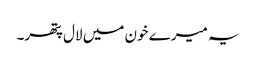
یہ میرے خون میں لال پتھر۔